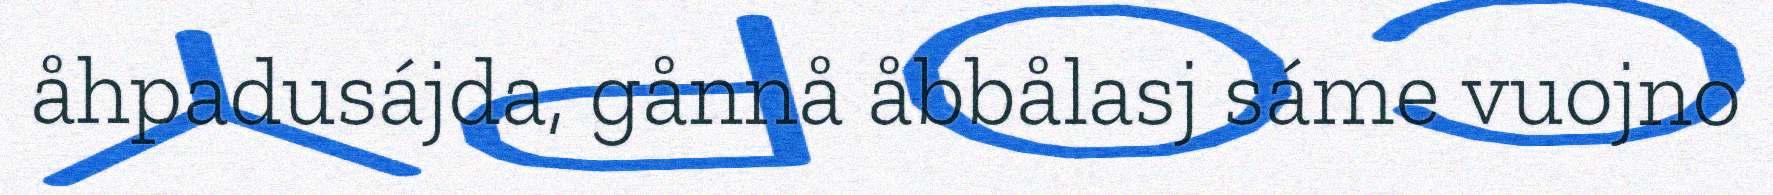
åhpadusájda, gånnå åbbålasj sáme vuojno